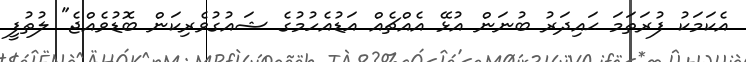
އެކަމަކު ފުރަތަމަ ޙައިދަރު ބުނަން އުޅޭ އެއްޗެއް އަޑުއެހުމުގެ ޝައުގުވެރިކަން ބޮޑުވެއްޖެ" ލުތުފީ